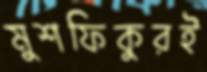
মুশফিকুরই